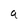
Character: a